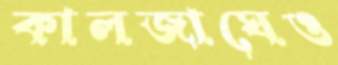
কালজাঘেও